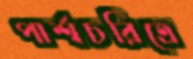
পার্শ্বচরিত্রে